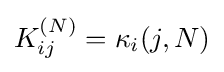
K_{ij}^{(N)}=\kappa _{i}(j,N)